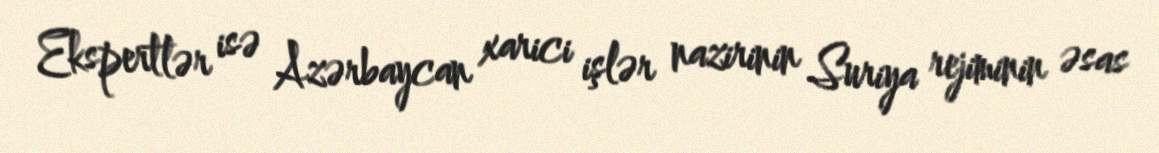
Ekspertlər isə Azərbaycan xarici işlər nazirinin Suriya rejiminin əsas